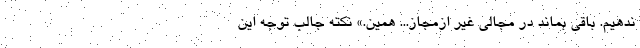
ندهیم. باقی بماند در مجالی غیر ازمجاز... همین.» نکته جالب توجه این